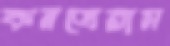
কনত্রেরাস